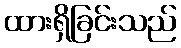
ထားရှိခြင်းသည်